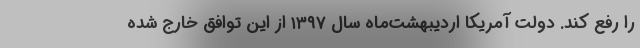
را رفع کند. دولت آمریکا اردیبهشت‌ماه سال ۱۳۹۷ از این توافق خارج شده